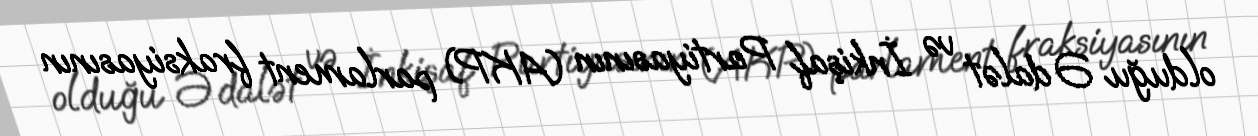
olduğu Ədalət və İnkişaf Partiyasının (AKP) parlament fraksiyasının